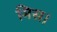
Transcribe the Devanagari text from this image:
मिस।